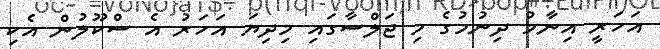
އަހަރީ އިނާމު ދިނުމުގެ މި ޖަލްސާގައި މިދިޔަ އަހަރު އެ ސްކޫލުން އެކި